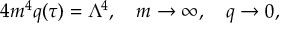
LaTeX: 4 m ^ { 4 } q ( \tau ) = \Lambda ^ { 4 } , \quad m \rightarrow \infty , \quad q \rightarrow 0 ,